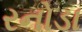
રનોડા